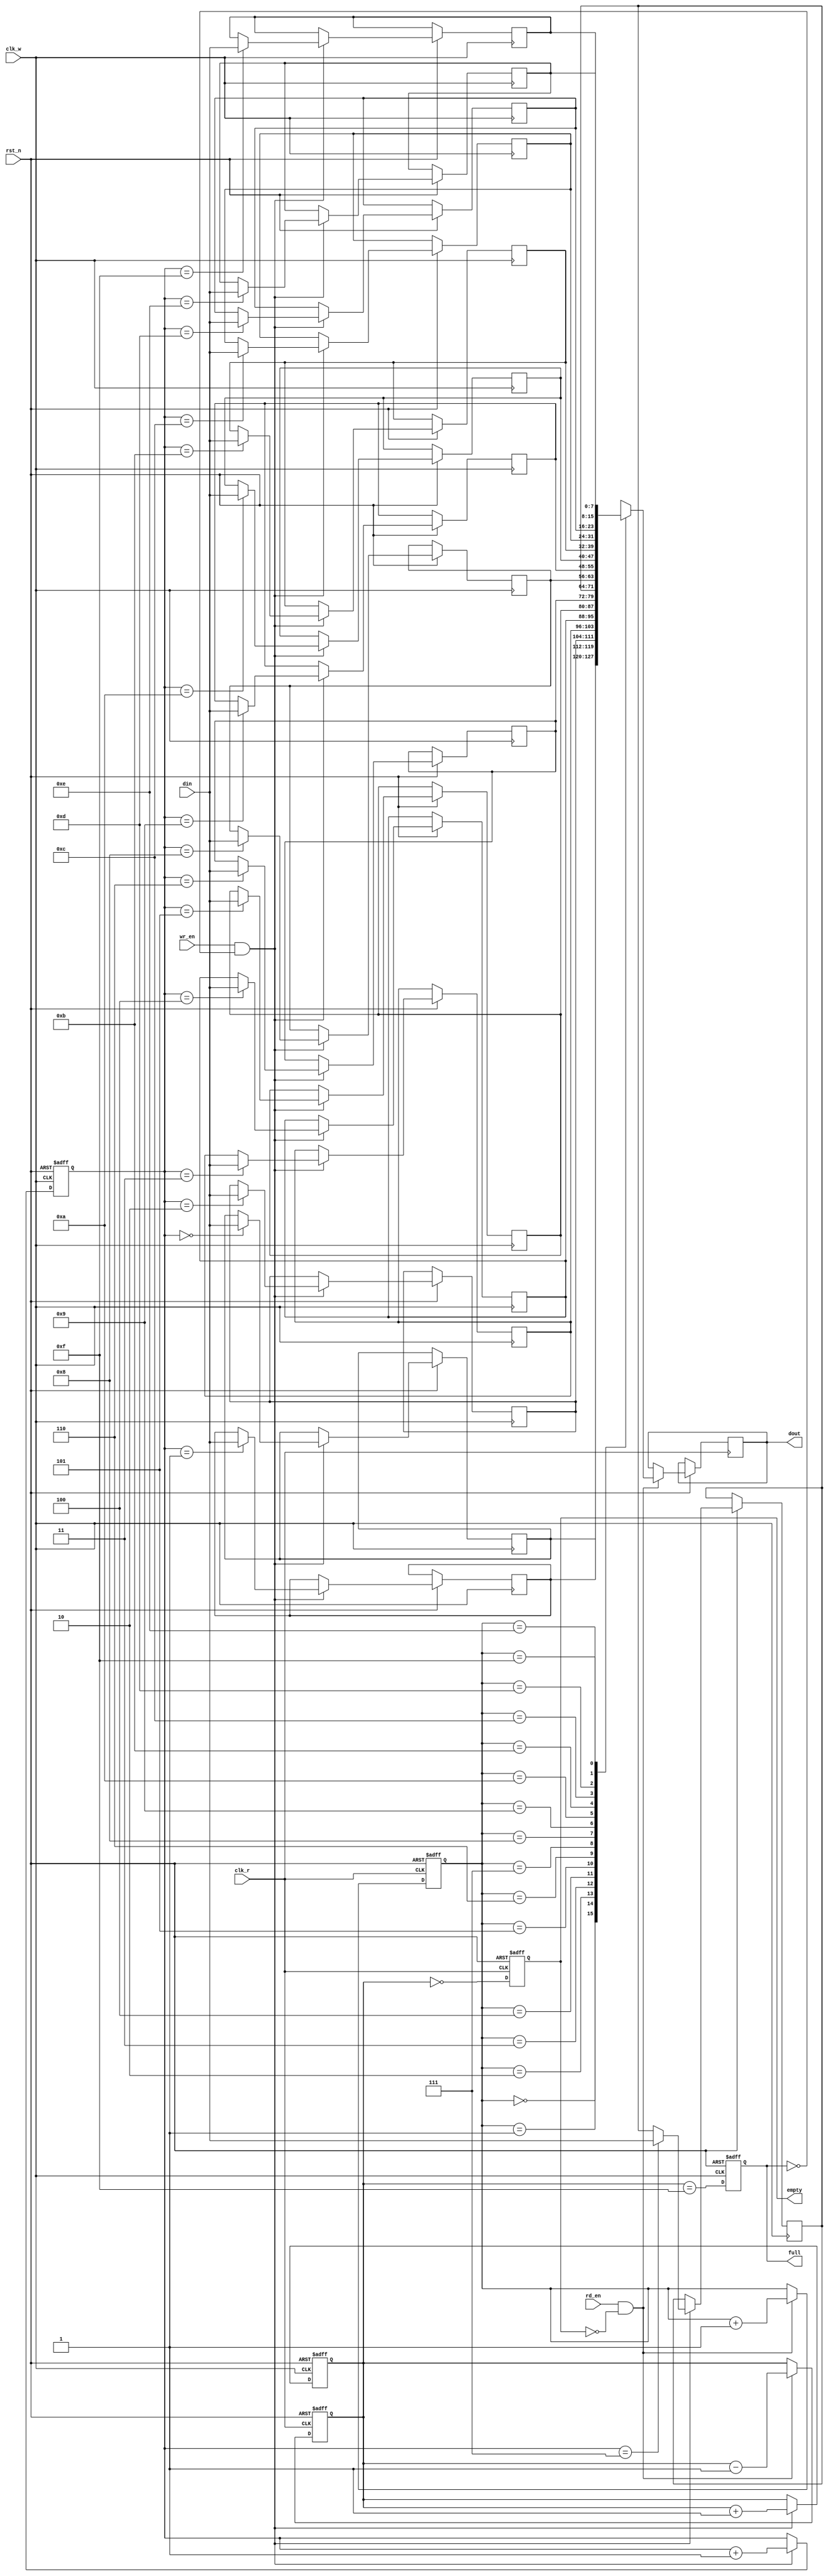
module dual_clock_fifo #(
    parameter DATA_WIDTH = 8,  // Width of the data
    parameter FIFO_DEPTH = 16   // Depth of the FIFO (must be a power of 2)
)(
    input wire clk_w,           // Write clock
    input wire clk_r,           // Read clock
    input wire rst_n,           // Active low reset
    input wire wr_en,           // Write enable
    input wire rd_en,           // Read enable
    input wire [DATA_WIDTH-1:0] din,  // Data input
    output reg [DATA_WIDTH-1:0] dout,  // Data output
    output reg full,            // FIFO full flag
    output reg empty            // FIFO empty flag
);

    // Internal signals
    reg [DATA_WIDTH-1:0] fifo_mem [0:FIFO_DEPTH-1]; // FIFO memory
    reg [$clog2(FIFO_DEPTH)-1:0] wr_ptr;           // Write pointer
    reg [$clog2(FIFO_DEPTH)-1:0] rd_ptr;           // Read pointer
    reg [$clog2(FIFO_DEPTH):0] count;               // Number of elements in FIFO

    // Asynchronous reset and write logic
    always @(posedge clk_w or negedge rst_n) begin
        if (!rst_n) begin
            wr_ptr <= 0;
            count <= 0;
            full <= 0;
        end else begin
            if (wr_en && !full) begin
                fifo_mem[wr_ptr] <= din;          // Write data to FIFO
                wr_ptr <= wr_ptr + 1;             // Increment write pointer
                count <= count + 1;               // Increment count
            end
            // Update full flag
            full <= (count == FIFO_DEPTH - 1);
        end
    end

    // Asynchronous reset and read logic
    always @(posedge clk_r or negedge rst_n) begin
        if (!rst_n) begin
            rd_ptr <= 0;
            count <= 0;
            empty <= 1;
        end else begin
            if (rd_en && !empty) begin
                dout <= fifo_mem[rd_ptr];         // Read data from FIFO
                rd_ptr <= rd_ptr + 1;             // Increment read pointer
                count <= count - 1;               // Decrement count
            end
            // Update empty flag
            empty <= (count == 0);
        end
    end

endmodule